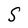
Character: S